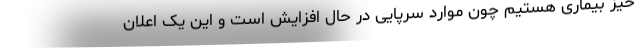
خیز بیماری هستیم چون موارد سرپایی در حال افزایش است و این یک اعلان